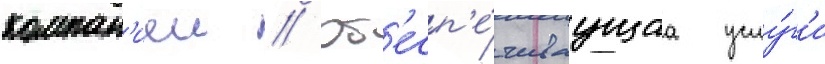
компан'иеи // Об'есп'е́чиваущаа услу́г'и